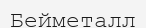
Бейметалл